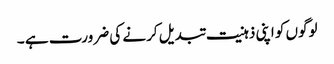
لوگوں کو اپنی ذہنیت تبدیل کرنے کی ضرورت ہے ۔